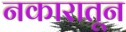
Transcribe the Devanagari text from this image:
नकारातून